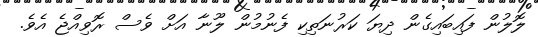
ލޮލުން ފައިބައިގެން ދިޔަ ކަރުނަތިކި ފެނުމުން ލޫނާ އަށް ވެސް ރޮވިއްޖެ އެވެ.